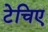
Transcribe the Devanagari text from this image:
टेचिए